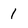
Character: 1